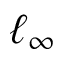
\ell _ { \infty }